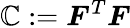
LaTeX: {\boldsymbol{\mathbb{C}}}:={\boldsymbol{F}}^{T}{\boldsymbol{F}}